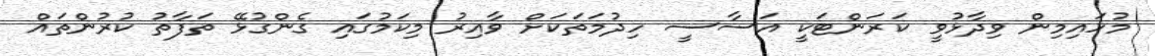
މުހައިމިން ވިދާޅުވީ ކަރަންޓަކީ އަސާސީ ހިދުމަތަކަށް ވާއިރު މިކަމުގައި ގެންގުޅޭ ތަފާތު ކުރުންތައް